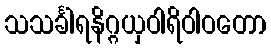
သသင်္ခါရနိဂ္ဂယှဝါရိဝါဝတော